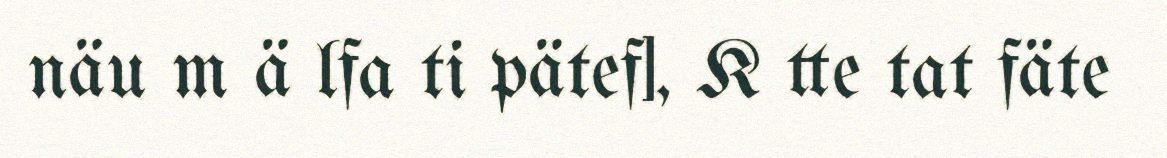
näu m ä lfa ti pätef], K tte tat fäte